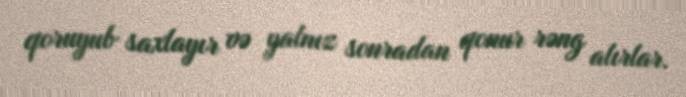
qoruyub saxlayır və yalnız sonradan qonur rəng alırlar.